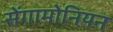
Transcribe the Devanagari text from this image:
सेंगामोनियन